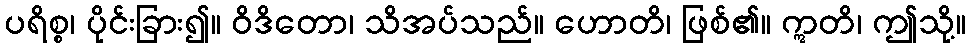
ပရိစ္စ၊ ပိုင်းခြား၍။ ဝိဒိတော၊ သိအပ်သည်။ ဟောတိ၊ ဖြစ်၏။ ဣတိ၊ ဤသို့။